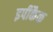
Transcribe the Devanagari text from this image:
इपीकैक